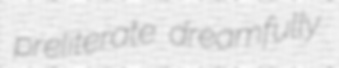
preliterate dreamfully